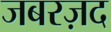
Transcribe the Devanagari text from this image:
जबरज़द